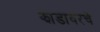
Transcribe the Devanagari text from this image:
झाडावरचे